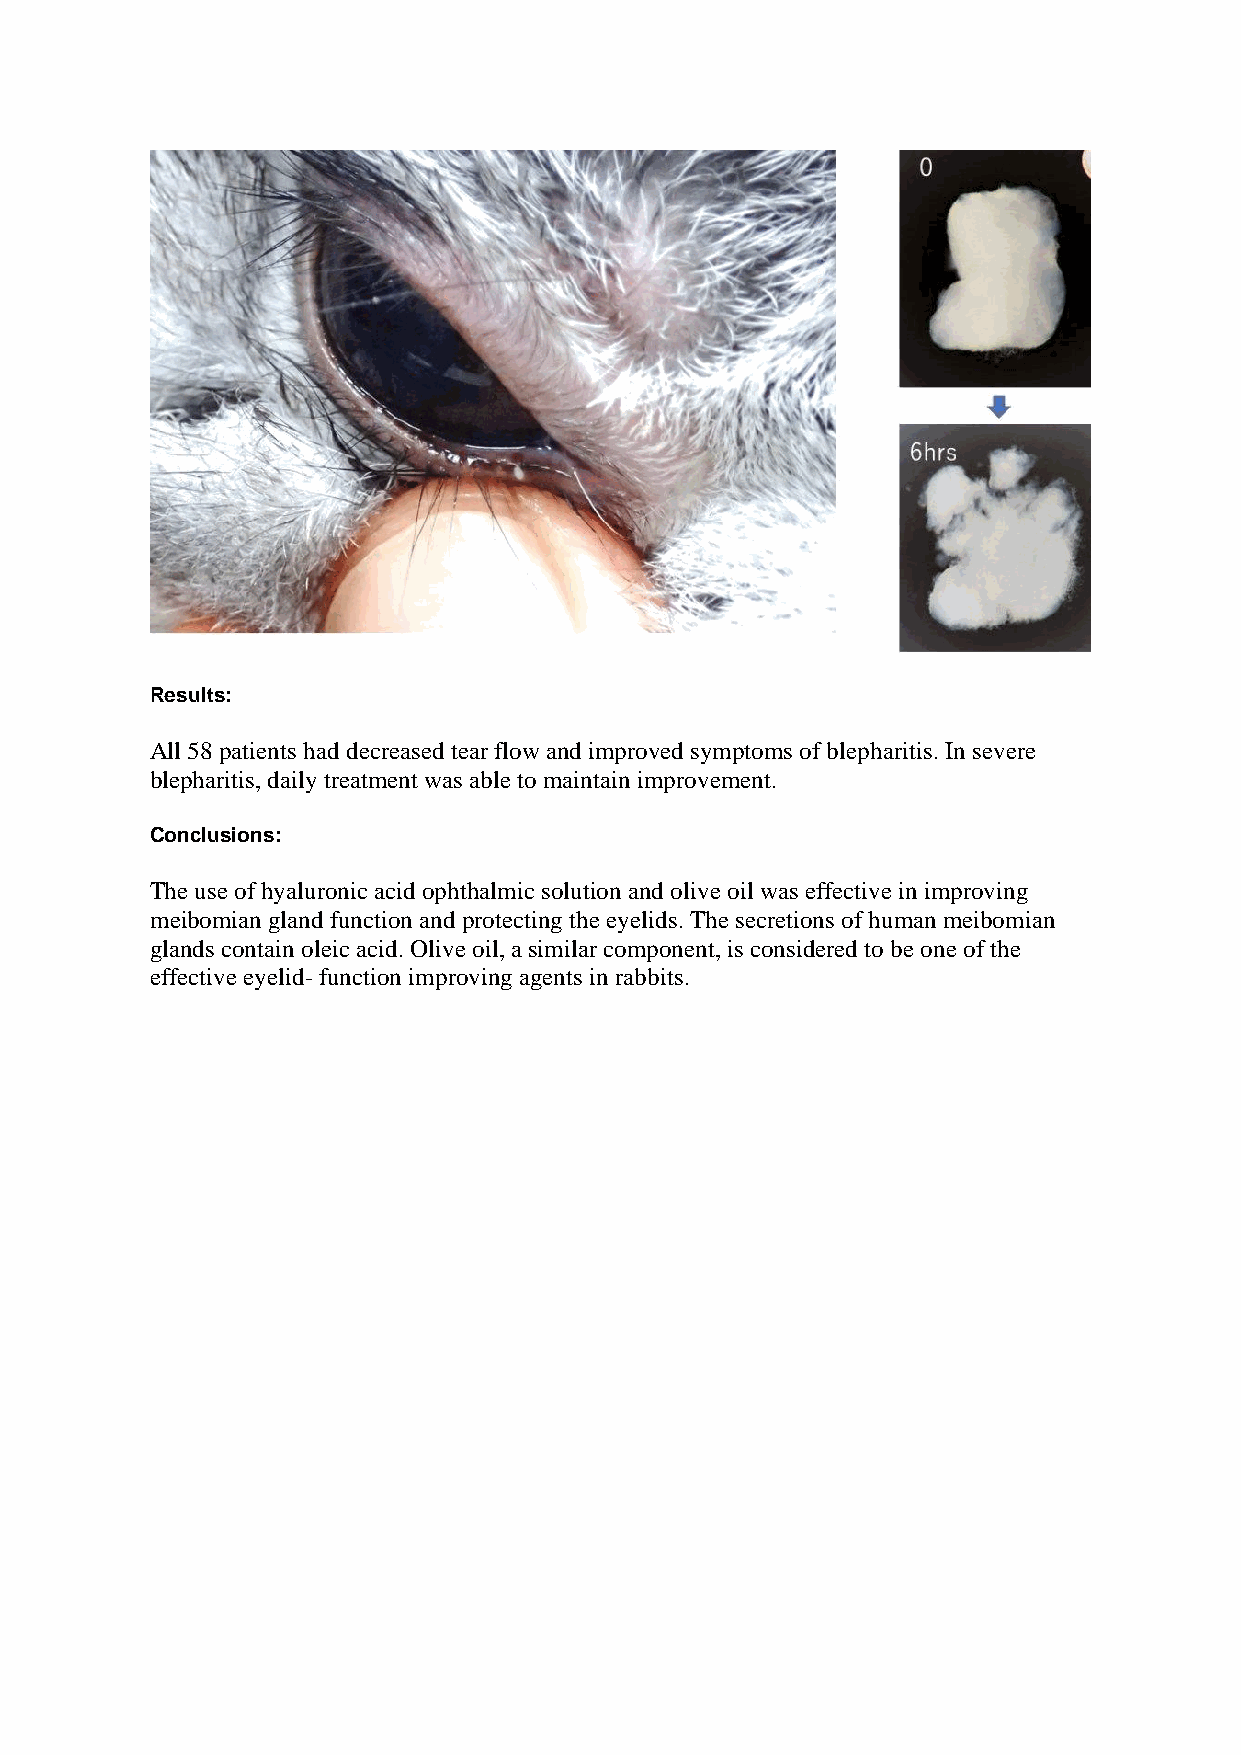
Results:
 All 58 patients had decreased tear flow and improved symptoms of blepharitis. In severe
 blepharitis, daily treatment was able to maintain improvement.
 Conclusions:
 The use of hyaluronic acid ophthalmic solution and olive oil was effective in improving
 meibomian gland function and protecting the eyelids. The secretions of human meibomian
 glands contain oleic acid. Olive oil, a similar component, is considered to be one of the
 effective eyelid- function improving agents in rabbits.